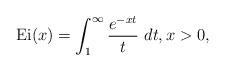
LaTeX: \begin{align*}{\rm Ei}(x)=\int_{1}^{\infty}\frac{e^{-xt}}{t}\ dt,x>0,\end{align*}